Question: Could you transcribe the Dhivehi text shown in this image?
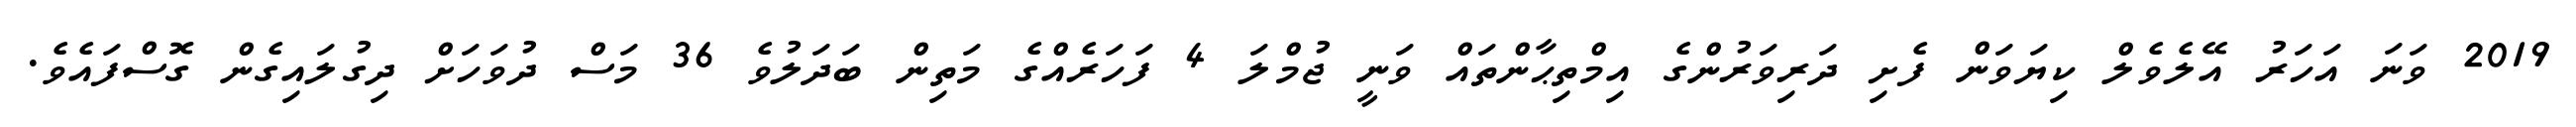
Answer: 2019 ވަނަ އަހަރު އޭލެވެލް ކިޔަވަން ފެށި ދަރިވަރުންގެ އިމްތިޙާންތައް ވަނީ ޖުމްލަ 4 ފަހަރެއްގެ މަތިން ބަދަލުވެ 36 މަސް ދުވަހަށް ދިގުލައިގެން ގޮސްފައެވެ.